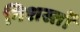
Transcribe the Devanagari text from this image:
निशस्तों